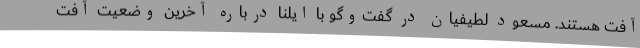
آفت هستند. مسعود لطیفیان در گفت‌و‌گو با ایلنا درباره آخرین وضعیت آفت